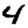
Digit: 4